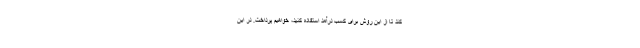
کند تا از این روش برای کسب درآمد استفاده کنید، خواهیم پرداخت. در این